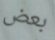
بعض